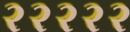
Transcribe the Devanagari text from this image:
२२२२२